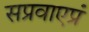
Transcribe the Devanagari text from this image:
सप्रवाएप्रं